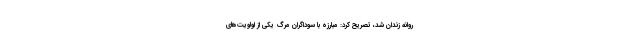
روانه زندان شد، تصریح کرد: مبارزه با سوداگران مرگ یکی از اولویت‌های